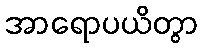
အာရောပယိတွာ